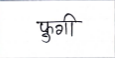
मजकूर: फुगी